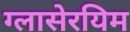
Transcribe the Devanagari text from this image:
ग्लासेरयिम